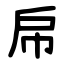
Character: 帍